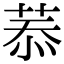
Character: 菾